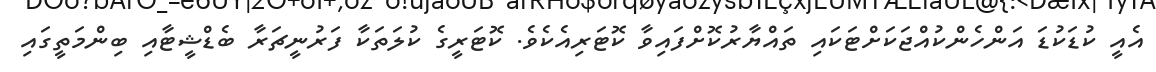
އެއީ ކުޑަކުޑަ އަންހެންކުއްޖަކަށްޓަކައި ތައްޔާރުކޮށްފައިވާ ކޮޓަރިއެކެވެ. ކޮޓަރީގެ ކުލަތަކާ ފަރުނީޗަރާ ބެޑްޝީޓާއި ބިންމަތީގައި